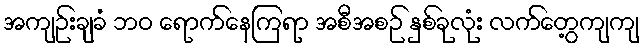
အကျဉ်းချခံ ဘဝ ရောက်နေကြရာ အစီအစဉ် နှစ်ခုလုံး လက်တွေ့ကျကျ